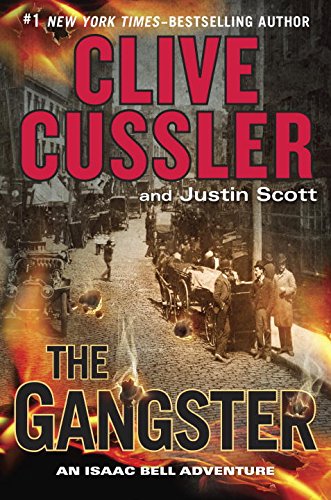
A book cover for The Gangster (An Isaac Bell Adventure); Clive Cussler; Mystery, Thriller & Suspense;